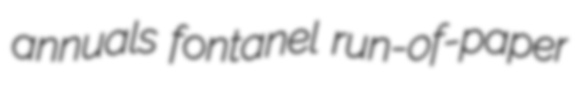
annuals fontanel run-of-paper